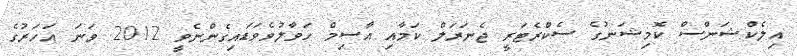
އިލެކްޝަންސް ކޮމިޝަނުގެ ސެކްރެޓަރީ ޖެނަރަލް ކަމާއި އާސިމް ހަވާލުވެވަޑައިގެންނެވީ 2012 ވަނަ އަހަރުގެ